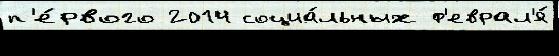
п'е́рвого 2014 социа́льных ф'еврал'я́